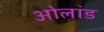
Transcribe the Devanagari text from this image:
ओलांड